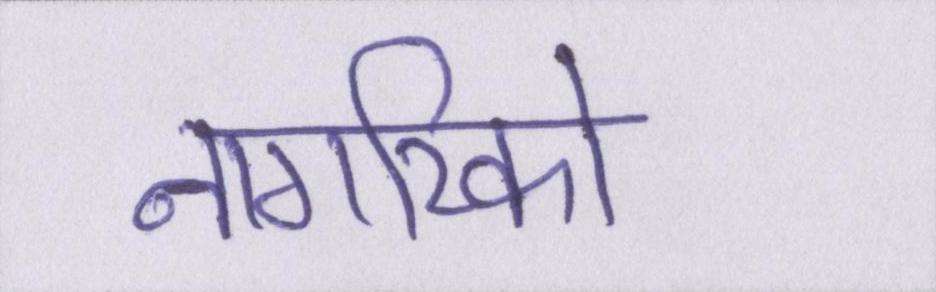
नागरिको